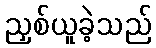
ညှစ်ယူခဲ့သည်